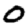
Digit: 0